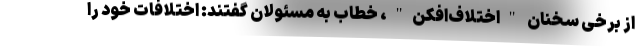
از برخی سخنان "اختلاف‌افکن"، خطاب به مسئولان گفتند: اختلافات خود را